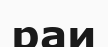
раи